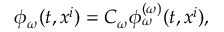
\phi _ { \omega } ( t , x ^ { i } ) = C _ { \omega } \phi _ { \omega } ^ { ( \omega ) } ( t , x ^ { i } ) ,